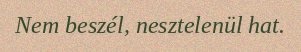
Nem beszél, nesztelenül hat.